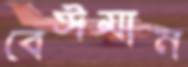
বেঈমান